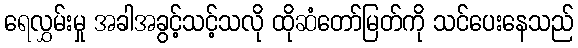
ရေလွှမ်းမှု အခါအခွင့်သင့်သလို ထိုဆံတော်မြတ်ကို သင်ပေးနေသည်